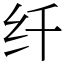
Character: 纤